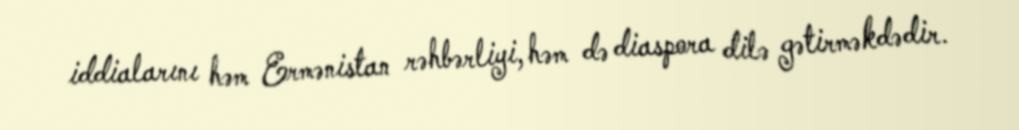
iddialarını həm Ermənistan rəhbərliyi, həm də diaspora dilə gətirməkdədir.